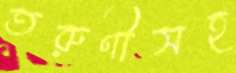
তরুণীসহ